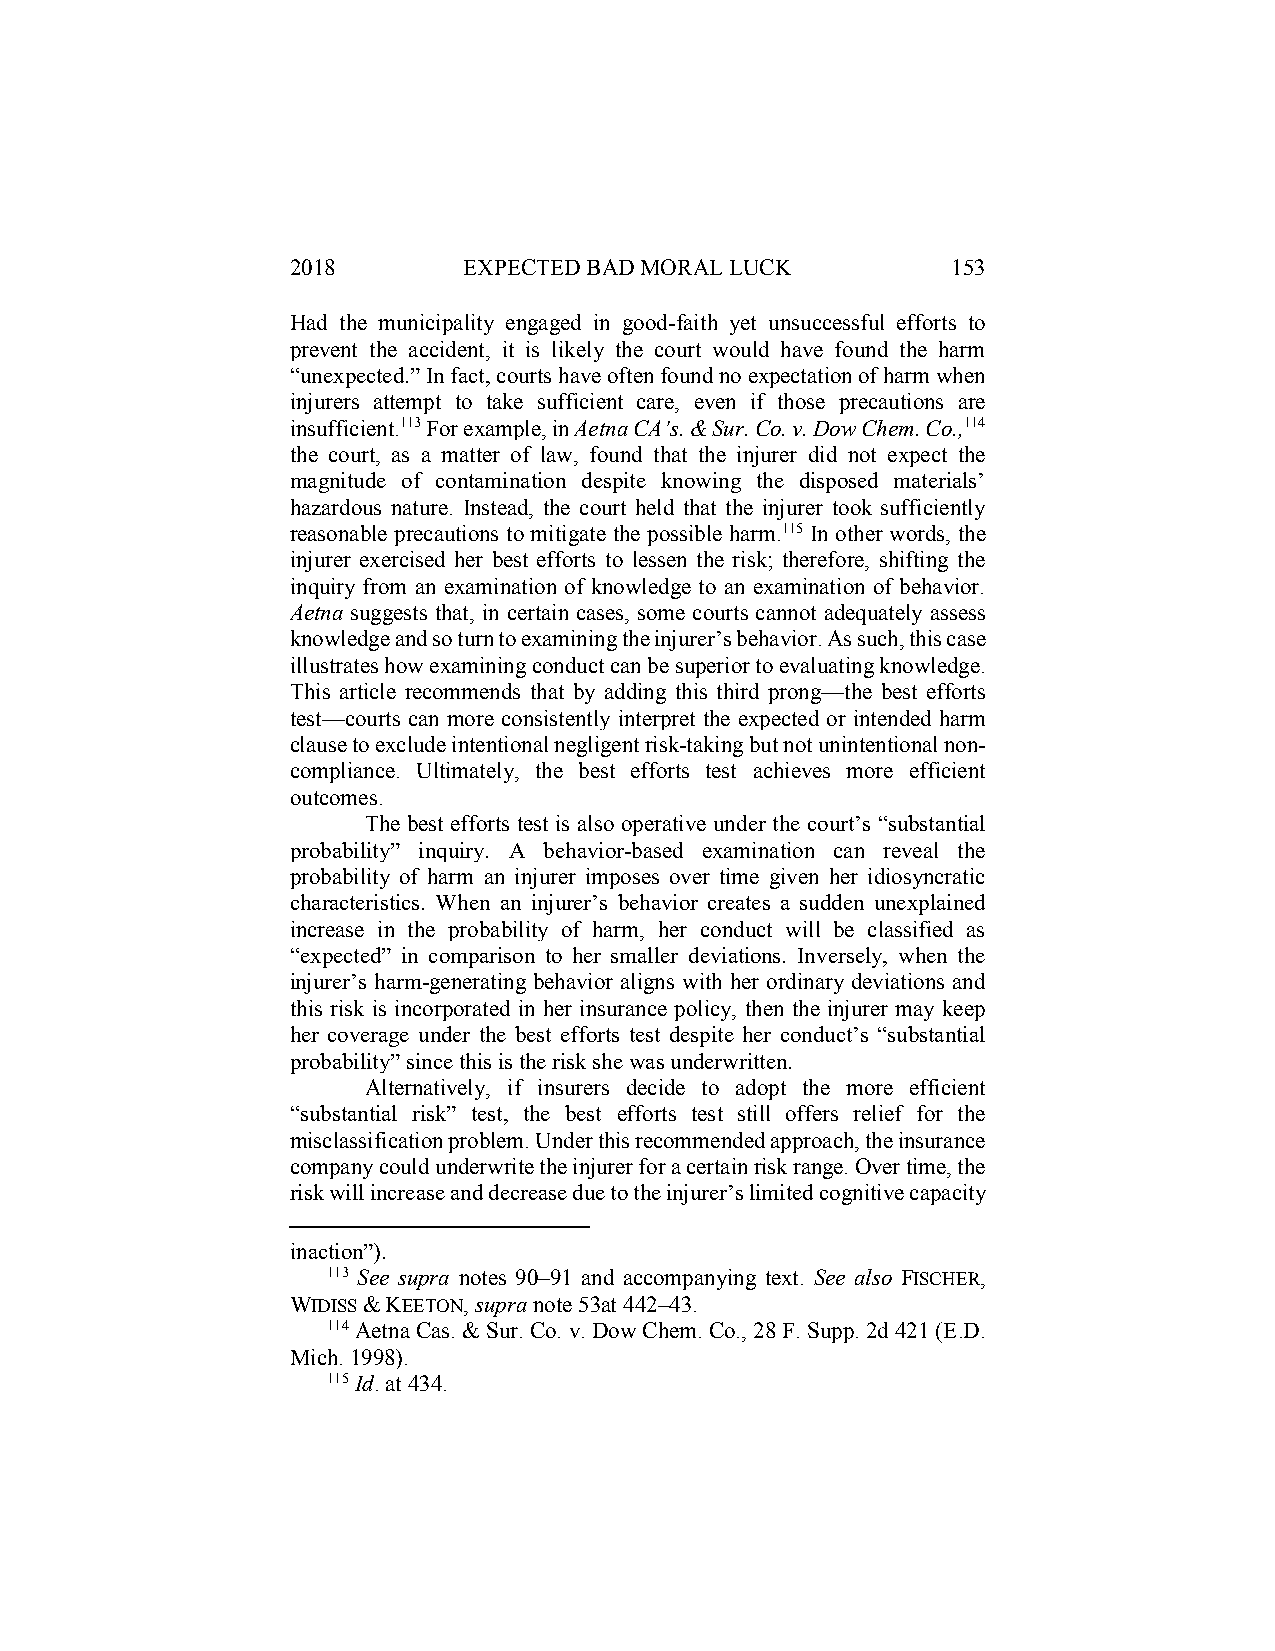
2018        EXPECTED BAD MORAL LUCK         153
 Had the municipality engaged in good-faith yet unsuccessful efforts to
 prevent the accident, it is likely the court would have found the harm
 “unexpected.” In fact, courts have often found no expectation of harm when
 injurers attempt to take sufficient care, even if those precautions are
 insufficient.113 For example, in Aetna CA’s. & Sur. Co. v. Dow Chem. Co.,114
 the court, as a matter of law, found that the injurer did not expect the
 magnitude of contamination despite knowing the disposed materials’
 hazardous nature. Instead, the court held that the injurer took sufficiently
 reasonable precautions to mitigate the possible harm.115 In other words, the
 injurer exercised her best efforts to lessen the risk; therefore, shifting the
 inquiry from an examination of knowledge to an examination of behavior.
 Aetna suggests that, in certain cases, some courts cannot adequately assess
 knowledge and so turn to examining the injurer’s behavior. As such, this case
 illustrates how examining conduct can be superior to evaluating knowledge.
 This article recommends that by adding this third prong—the best efforts
 test—courts can more consistently interpret the expected or intended harm
 clause to exclude intentional negligent risk-taking but not unintentional non-
 compliance. Ultimately, the best efforts test achieves more efficient
 outcomes.
 The best efforts test is also operative under the court’s “substantial
 probability” inquiry. A behavior-based examination can reveal the
 probability of harm an injurer imposes over time given her idiosyncratic
 characteristics. When an injurer’s behavior creates a sudden unexplained
 increase in the probability of harm, her conduct will be classified as
 “expected” in comparison to her smaller deviations. Inversely, when the
 injurer’s harm-generating behavior aligns with her ordinary deviations and
 this risk is incorporated in her insurance policy, then the injurer may keep
 her coverage under the best efforts test despite her conduct’s “substantial
 probability” since this is the risk she was underwritten.
 Alternatively, if insurers decide to adopt the more efficient
 “substantial risk” test, the best efforts test still offers relief for the
 misclassification problem. Under this recommended approach, the insurance
 company could underwrite the injurer for a certain risk range. Over time, the
 risk will increase and decrease due to the injurer’s limited cognitive capacity
 inaction”).
 113 See supra notes 90–91 and accompanying text. See also FISCHER,
 WIDISS & KEETON, supra note 53at 442–43.
 114 Aetna Cas. & Sur. Co. v. Dow Chem. Co., 28 F. Supp. 2d 421 (E.D.
 Mich. 1998).
 115 Id. at 434.